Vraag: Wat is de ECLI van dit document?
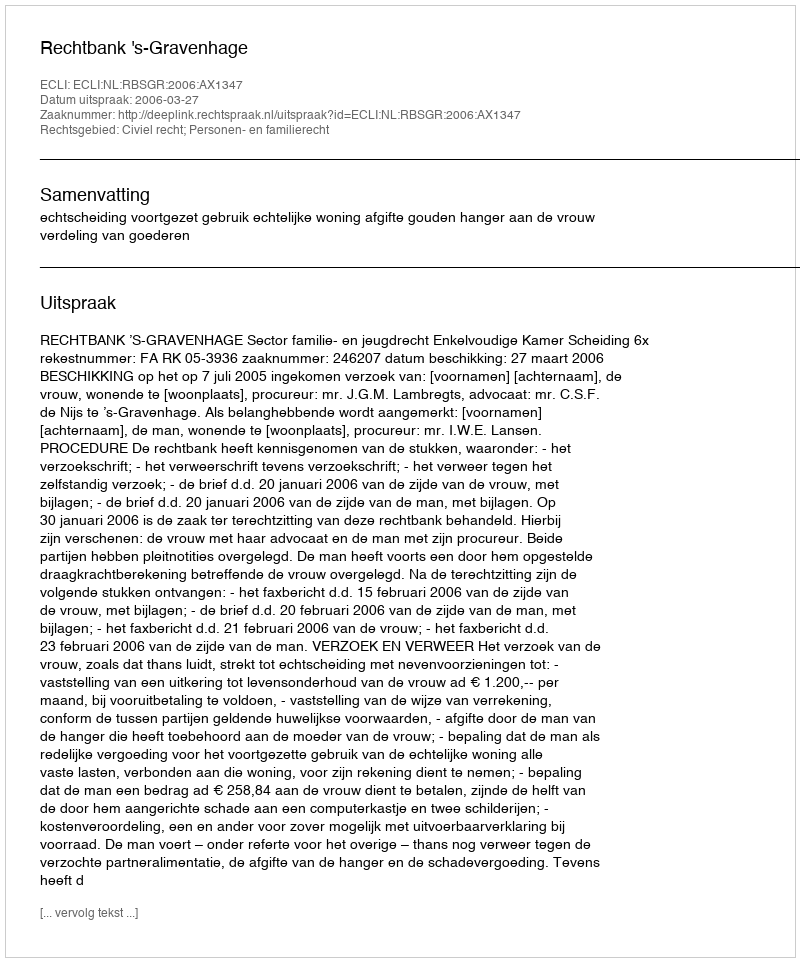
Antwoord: ECLI:NL:RBSGR:2006:AX1347